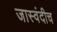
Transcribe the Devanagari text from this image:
जास्वंदीच